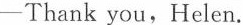
-Thank you,Helen.